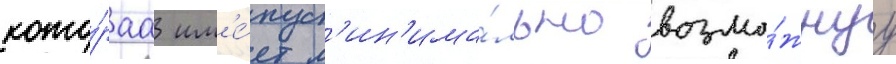
кото́раа им'е́ет м'ин'има́льно возмо́жнуу